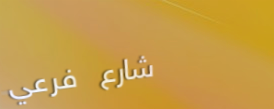
شارع فرعي